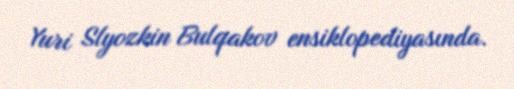
Yuri Slyozkin Bulqakov ensiklopediyasında.